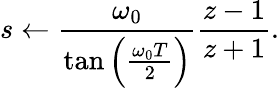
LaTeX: s\leftarrow{\frac{\omega_{0}}{\tan\left({\frac{\omega_{0}T}{2}}\right)}}{\frac{z-1}{z+1}}.